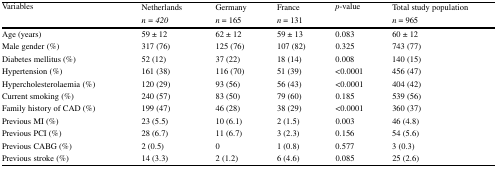
<table><thead><tr><td rowspan="2"><b>Variables</b></td><td><b>Netherlands</b></td><td><b>Germany</b></td><td><b>France</b></td><td rowspan="2"><b><i>p</i>-value</b></td><td><b>Total study population</b></td></tr><tr><td><b><i>n = 420</i></b></td><td><b><i>n</i> = 165</b></td><td><b><i>n</i> = 131</b></td><td><b><i>n</i> = 965</b></td></tr></thead><tbody><tr><td>Age (years)</td><td>59 ± 12</td><td>62 ± 12</td><td>59 ± 13</td><td>0.083</td><td>60 ± 12</td></tr><tr><td>Male gender (%)</td><td>317 (76)</td><td>125 (76)</td><td>107 (82)</td><td>0.325</td><td>743 (77)</td></tr><tr><td>Diabetes mellitus (%)</td><td>52 (12)</td><td>37 (22)</td><td>18 (14)</td><td>0.008</td><td>140 (15)</td></tr><tr><td>Hypertension (%)</td><td>161 (38)</td><td>116 (70)</td><td>51 (39)</td><td>&lt;0.0001</td><td>456 (47)</td></tr><tr><td>Hypercholesterolaemia (%)</td><td>120 (29)</td><td>93 (56)</td><td>56 (43)</td><td>&lt;0.0001</td><td>404 (42)</td></tr><tr><td>Current smoking (%)</td><td>240 (57)</td><td>83 (50)</td><td>79 (60)</td><td>0.185</td><td>539 (56)</td></tr><tr><td>Family history of CAD (%)</td><td>199 (47)</td><td>46 (28)</td><td>38 (29)</td><td>&lt;0.0001</td><td>360 (37)</td></tr><tr><td>Previous MI (%)</td><td>23 (5.5)</td><td>10 (6.1)</td><td>2 (1.5)</td><td>0.003</td><td>46 (4.8)</td></tr><tr><td>Previous PCI (%)</td><td>28 (6.7)</td><td>11 (6.7)</td><td>3 (2.3)</td><td>0.156</td><td>54 (5.6)</td></tr><tr><td>Previous CABG (%)</td><td>2 (0.5)</td><td>0</td><td>1 (0.8)</td><td>0.577</td><td>3 (0.3)</td></tr><tr><td>Previous stroke (%)</td><td>14 (3.3)</td><td>2 (1.2)</td><td>6 (4.6)</td><td>0.085</td><td>25 (2.6)</td></tr></tbody></table>